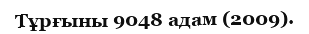
Тұрғыны 9048 адам (2009).